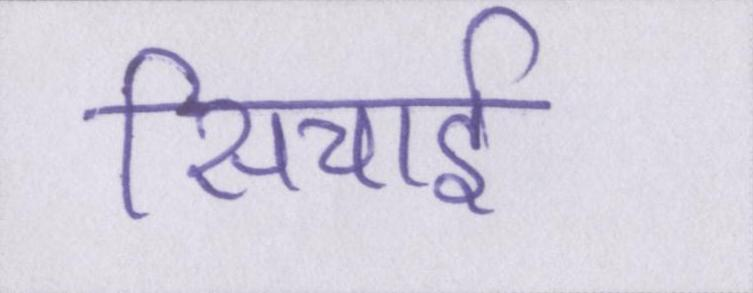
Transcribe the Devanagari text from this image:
सिचाई